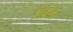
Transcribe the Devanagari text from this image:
चिंत